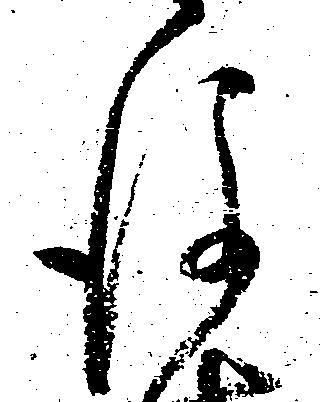
後